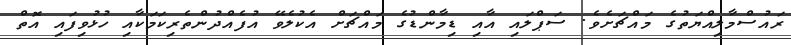
ރައުސްމާލިއްޔަތުގެ މައްޗަށެވެ. ސަޕްލައި އާއި ޑިމާންޑުގެ މައްޗަށް އެކުލެވޭ އުފެއްދުންތެރިކަމަކާއި ހުޅުވިފައި އޮތް